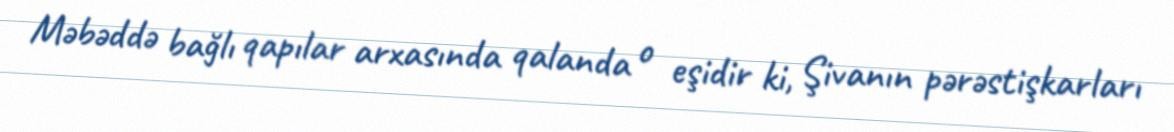
Məbəddə bağlı qapılar arxasında qalanda o eşidir ki, Şivanın pərəstişkarları